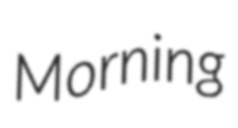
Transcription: Morning